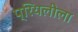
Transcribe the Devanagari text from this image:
प्रियलीला